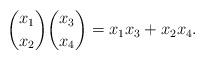
LaTeX: \begin{align*}{x_1 \choose x_2} {x_3 \choose x_4} = x_1 x_3 + x_2 x_4.\end{align*}